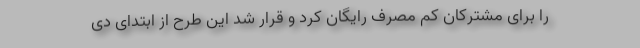
را برای مشترکان کم مصرف رایگان کرد و قرار شد این طرح از ابتدای دی